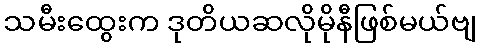
သမီးထွေးက ဒုတိယဆလိုမိုနီဖြစ်မယ်ဗျ